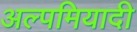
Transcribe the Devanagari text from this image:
अल्पमियादी